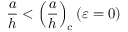
\frac { a } { h } < \left( \frac { a } { h } \right) _ { c } ( \varepsilon = 0 )